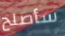
سأصلح